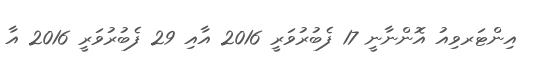
އިންޓަރވިއު އޮންނާނީ 17 ފެބުރުވަރީ 2016 އާއި 29 ފެބުރުވަރީ 2016 އާ